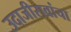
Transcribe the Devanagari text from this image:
उदाजीरावांचा